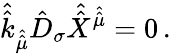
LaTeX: \hat{\hat{k}}_{\hat{\hat{\mu}}}\hat{D}_{\sigma}\hat{\hat{X}}^{\hat{\hat{\mu}}}=0\, .